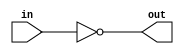
module open_drain_inverter (
  input wire in,
  output reg out
);

reg nmos;

always @ (in) begin
  nmos = ~in;  // Output is inverted from input
  out = nmos;  // Output is driven by NMOS open-drain transistor
end

endmodule